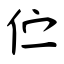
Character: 伫